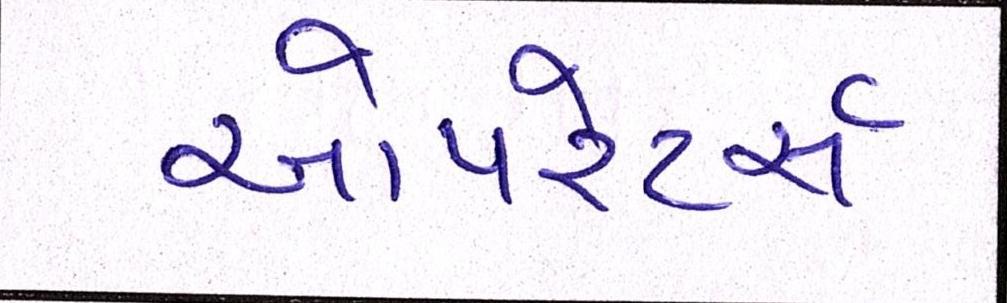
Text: ઓપરેટર્સ